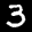
Label: 3